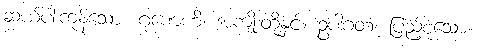
ဆယ်ပါးကုန်သော။ ဂုဏေဟိ၊ အကျိုးတို့နှင့်။ ဥပါဂတံ၊ ပြည့်စုံသော။